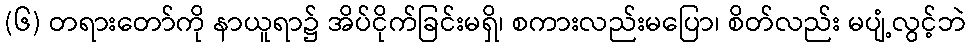
(၆) တရားတော်ကို နာယူရာ၌ အိပ်ငိုက်ခြင်းမရှိ၊ စကားလည်းမပြော၊ စိတ်လည်း မပျံ့လွင့်ဘဲ